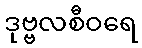
ဒုဗ္ဗလစီဝရေ